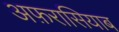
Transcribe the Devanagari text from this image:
अफ़रासियाब